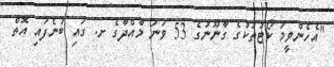
"އެހެންވީމަ ކޯޓުތަކުގެ ގާނޫނުގެ 53 ވަނަ މާއްދާގެ ށ. ގައި ބުނެފައި އޮތް